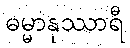
ဓမ္မာနုဿာရီ